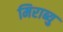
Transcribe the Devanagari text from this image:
मिराब्यु